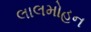
લાલમોહન